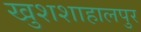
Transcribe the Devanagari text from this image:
खुशशाहालपुर